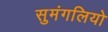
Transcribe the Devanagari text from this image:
सुमंगलियो